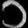
Digit: ၁